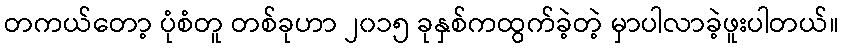
တကယ်တော့ ပုံစံတူ တစ်ခုဟာ ၂၀၁၅ ခုနှစ်ကထွက်ခဲ့တဲ့ မှာပါလာခဲ့ဖူးပါတယ်။